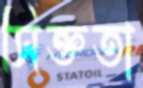
সিক্ততা